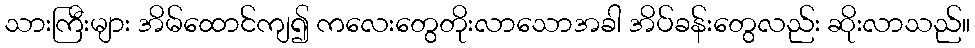
သားကြီးများ အိမ်ထောင်ကျ၍ ကလေးတွေတိုးလာသောအခါ အိပ်ခန်းတွေလည်း ဆိုးလာသည်။